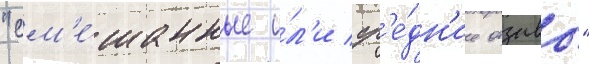
"см'е́шанные и́л'и ср'е́дн'ие отзывы"